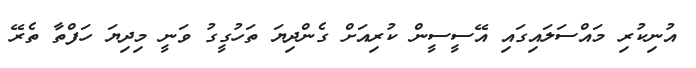
އުނިކުރި މައްސަލައިގައި އޭސީސީން ކުރިއަށް ގެންދިޔަ ތަހުގީގު ވަނީ މިދިޔަ ހަފްތާ ތެރޭ